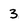
Character: 3